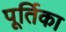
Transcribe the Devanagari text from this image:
पूर्तिका